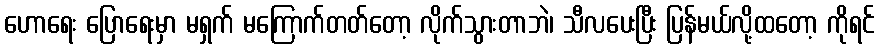
ဟောရေး ပြောရေးမှာ မရှက် မကြောက်တတ်တော့ လိုက်သွားတာဘဲ၊ သီလပေးပြီး ပြန်မယ်လို့ထတော့ ကိုရင်